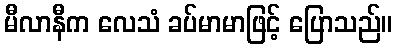
မီလာနီက လေသံ ခပ်မာမာဖြင့် ပြောသည်။